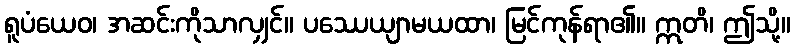
ရူပံယေဝ၊ အဆင်းကိုသာလျှင်။ ပဿေယျာမယထာ၊ မြင်ကုန်ရာ၏။ ဣတိ၊ ဤသို့။